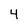
Character: 4